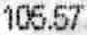
105.57